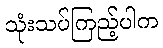
သုံးသပ်ကြည့်ပါက